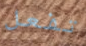
تفعل